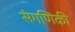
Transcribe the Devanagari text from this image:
संगणिकी